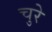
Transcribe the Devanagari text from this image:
चुरे